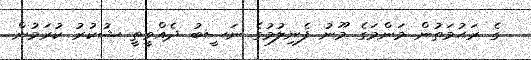
ގެ ރަޙުމަތުން މަންމަގެ މޫނު ފެނިލުމުގެ ނަސީބު ދެއްވީތީ ޝުކުރު ކުރަމުން